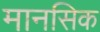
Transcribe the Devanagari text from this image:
मानसिक